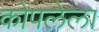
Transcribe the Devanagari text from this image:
कोपलेला